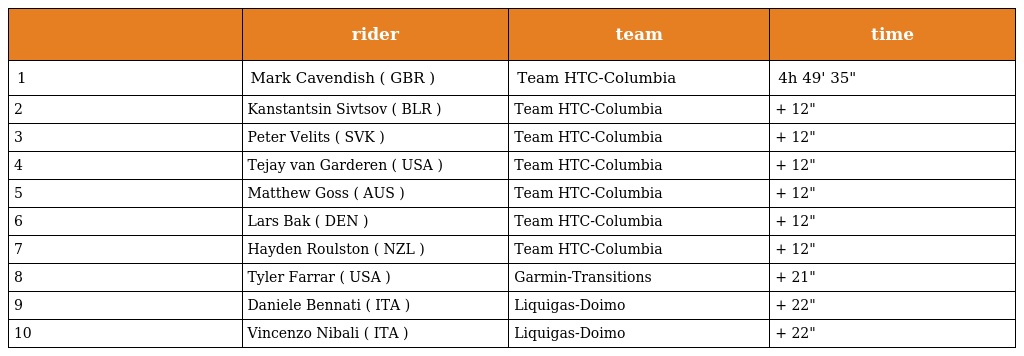
|  | rider | team | time |
 | --- | --- | --- | --- |
 | 1 | Mark Cavendish ( GBR ) | Team HTC-Columbia | 4h 49' 35" |
 | 2 | Kanstantsin Sivtsov ( BLR ) | Team HTC-Columbia | + 12" |
 | 3 | Peter Velits ( SVK ) | Team HTC-Columbia | + 12" |
 | 4 | Tejay van Garderen ( USA ) | Team HTC-Columbia | + 12" |
 | 5 | Matthew Goss ( AUS ) | Team HTC-Columbia | + 12" |
 | 6 | Lars Bak ( DEN ) | Team HTC-Columbia | + 12" |
 | 7 | Hayden Roulston ( NZL ) | Team HTC-Columbia | + 12" |
 | 8 | Tyler Farrar ( USA ) | Garmin-Transitions | + 21" |
 | 9 | Daniele Bennati ( ITA ) | Liquigas-Doimo | + 22" |
 | 10 | Vincenzo Nibali ( ITA ) | Liquigas-Doimo | + 22" |